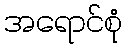
အရောင်စုံ